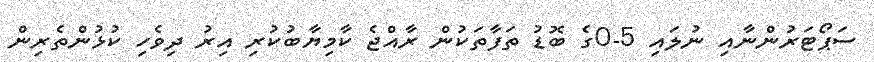
ސަޕޯޓަރުންނާއި ނުލައި 5-0ގެ ބޮޑު ތަފާތަކުން ރާއްޖެ ކާމިޔާބުކުރި އިރު ދިވެހި ކުޅުންތެރިން